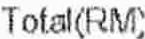
TOTAL(RM)